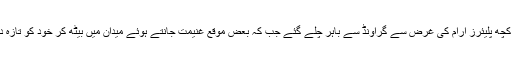
وقفہ ملنے پر کچھ پلیئرز آرام کی غرض سے گراؤنڈ سے باہر چلے گئے جب کہ بعض موقع غنیمت جانتے ہوئے میدان میں بیٹھ کر خود کو تازہ دم کرنے لگے۔